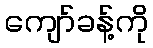
ကျော်ခန့်ကို